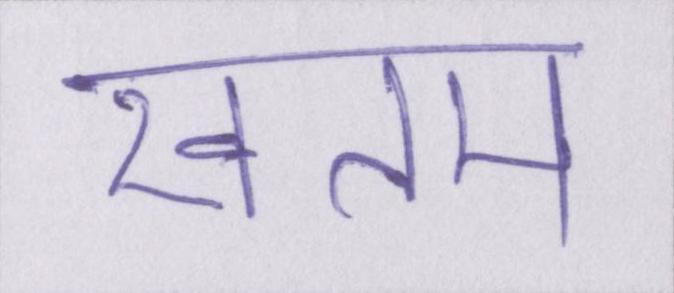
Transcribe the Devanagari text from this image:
खतम